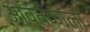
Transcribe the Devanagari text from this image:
आवर्तकालों